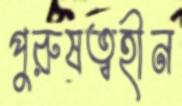
পুরুষত্বহীন